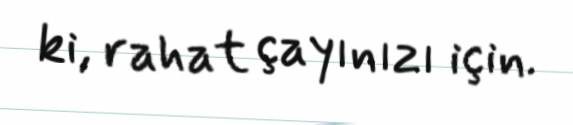
ki, rahat çayınızı için.